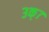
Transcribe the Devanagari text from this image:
३क्७